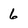
Character: 6